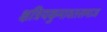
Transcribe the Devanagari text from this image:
क्षत्रियकुमावतसमाज